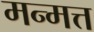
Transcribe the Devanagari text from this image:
मन्मत्त